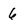
Character: 6